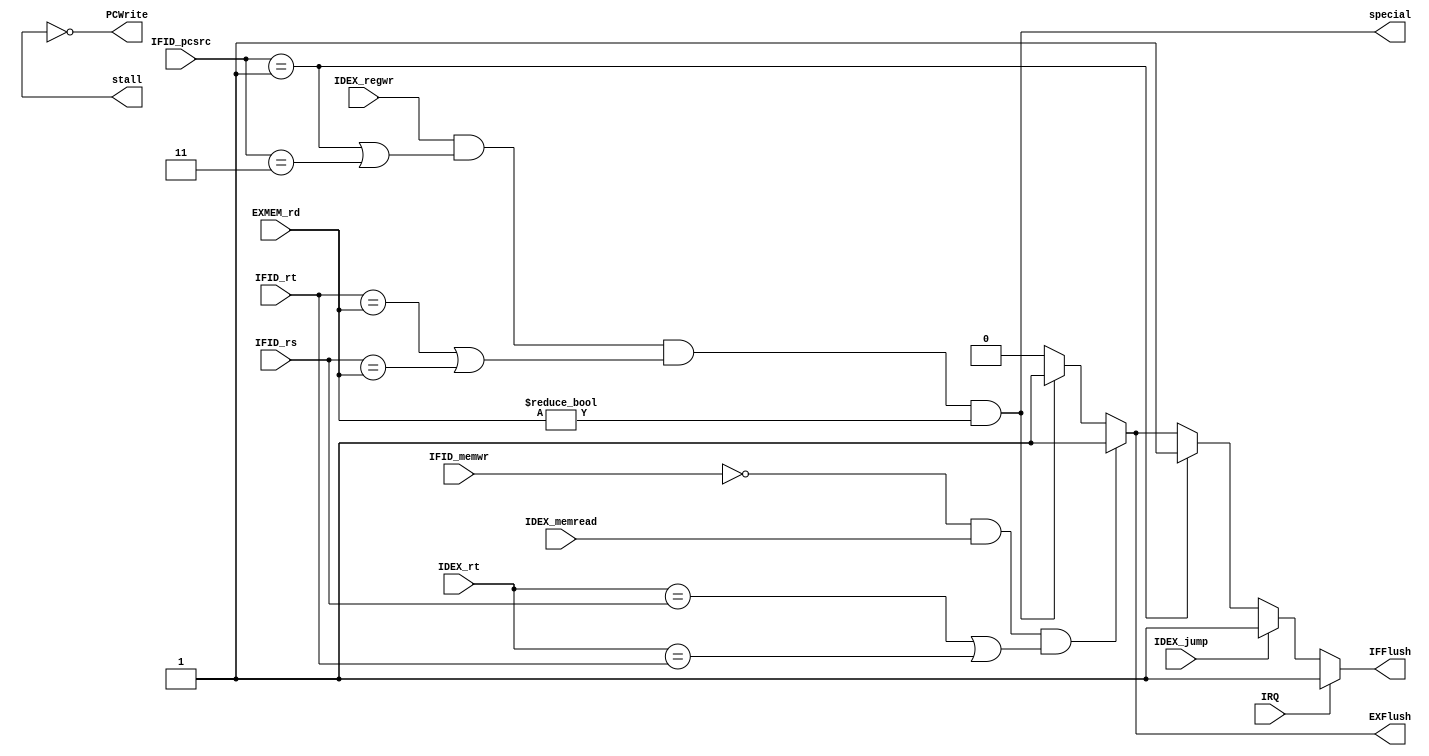

module Hazard(IDEX_memread,IFID_memwr,IDEX_jump,IRQ,IDEX_regwr,IDEX_rt,IFID_rs,IFID_rt,EXMEM_rd,IFID_pcsrc,stall,PCWrite,IFFlush,EXFlush,special);
input IDEX_memread,IFID_memwr,IDEX_jump,IDEX_regwr,IRQ;
input [4:0] IDEX_rt,IFID_rs,IFID_rt,EXMEM_rd;
input [2:0] IFID_pcsrc;
output stall,PCWrite,IFFlush,EXFlush,special;

//stall PCIFID0PCIFID_REG
//IFID_REG0IDEX_REG0


//jump
wire special;
assign special = (IDEX_regwr && (IFID_pcsrc == 3'b001 || IFID_pcsrc == 3'b011) && (IFID_rt == EXMEM_rd || IFID_rs == EXMEM_rd) && (EXMEM_rd != 0));

assign PCWrite = ~stall;

assign IFFlush = IRQ? 1'b1:
		IDEX_jump? 1'b1:
		//branch stall
		(IFID_pcsrc == 3'b001)? 1'b1:
		//stall
		(~IFID_memwr && IDEX_memread && (IDEX_rt == IFID_rs || IDEX_rt == IFID_rt))? 1'b1:
		//
		//EXrdmuxIDEX_REGrdrd
		(IDEX_regwr && (IFID_pcsrc == 3'b001 || IFID_pcsrc == 3'b011) && (IFID_rt == EXMEM_rd || IFID_rs == EXMEM_rd) && (EXMEM_rd != 0))? 1'b1:
		
		//RPC-4Rbeqnop
		//beq PC-4target
		1'b0;
assign EXFlush = 
		//stall
		(~IFID_memwr && IDEX_memread && (IDEX_rt == IFID_rs || IDEX_rt == IFID_rt))? 1'b1:
		//
		//EXrdmuxIDEX_REGrdrd
		(IDEX_regwr && (IFID_pcsrc == 3'b001 || IFID_pcsrc == 3'b011) && (IFID_rt == EXMEM_rd || IFID_rs == EXMEM_rd) && (EXMEM_rd != 0))? 1'b1:
		1'b0;

endmodule // Hazard